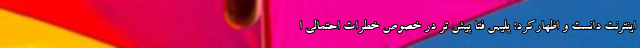
اینترنت دانست و اظهارکرد: پلیس فتا پیش تر در خصوص خطرات احتمالی ا